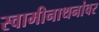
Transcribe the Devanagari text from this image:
स्वामीनाथनांवर